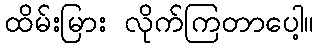
ထိမ်းမြား လိုက်ကြတာပေါ့။